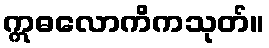
ဣဓလောကိကသုတ်။